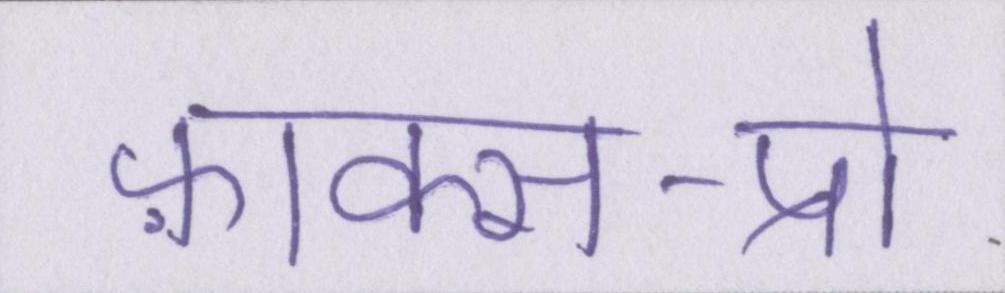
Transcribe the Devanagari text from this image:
फ़ाक्स-प्रो